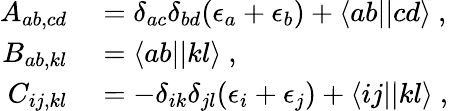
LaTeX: \begin{array}{rl}{A_{ab,cd}}&{{}=\delta_{ac}\delta_{bd}(\epsilon_{a}+\epsilon_{b})+\langle ab||cd\rangle\mathrm{~,~}}\\ {B_{ab,kl}}&{{}=\langle ab||kl\rangle\mathrm{~,~}}\\ {C_{ij,kl}}&{{}=-\delta_{ik}\delta_{jl}(\epsilon_{i}+\epsilon_{j})+\langle ij||kl\rangle\mathrm{~,~}}\end{array}